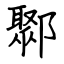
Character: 鄹